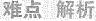
难点 解析